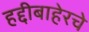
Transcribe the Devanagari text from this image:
हद्दीबाहेरचे